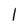
Character: 1